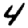
Digit: 4